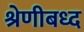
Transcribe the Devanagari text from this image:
श्रेणीबध्द